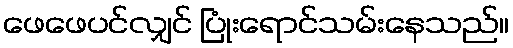
ဖေဖေပင်လျှင် ပြုံးရောင်သမ်းနေသည်။